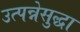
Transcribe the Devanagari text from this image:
उत्पन्नेसुद्धा